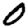
Digit: 0